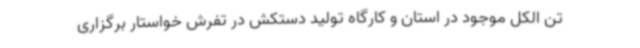
تن الکل موجود در استان و کارگاه تولید دستکش در تفرش خواستار برگزاری